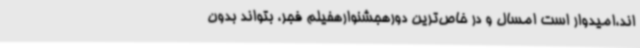
‌اند،امیدوار است امسال و در خاص‌ترین دورهجشنوارهفیلم فجر، بتواند بدون